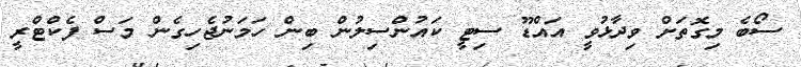
ސޯބެ މިގޮތަށް ވިދާޅުވީ އައްޑޫ ސިޓީ ކައުންސިލުން ބިން ހަމަނުޖެހިގެން މަސް ފެކްޓްރީ